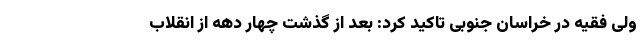
ولی فقیه در خراسان جنوبی تاکید کرد: بعد از گذشت چهار دهه از انقلاب